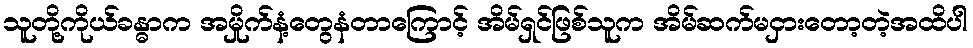
သူတို့ကိုယ်ခန္ဓာက အမှိုက်နံ့တွေနံတာကြောင့် အိမ်ရှင်ဖြစ်သူက အိမ်ဆက်မငှားတော့တဲ့အထိပါ